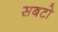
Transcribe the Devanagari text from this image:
सबटो